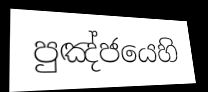
පුඤ්ජයෙහි